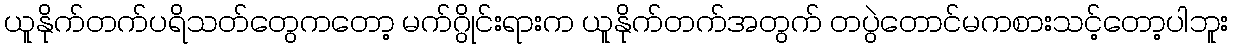
ယူနိုက်တက်ပရိသတ်တွေကတော့ မက်ဂွိုင်းရားက ယူနိုက်တက်အတွက် တပွဲတောင်မကစားသင့်တော့ပါဘူး